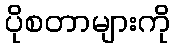
ပိုစတာများကို